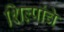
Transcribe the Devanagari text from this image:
शिल्पांचे